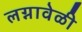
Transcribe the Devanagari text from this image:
लग्नावेळी